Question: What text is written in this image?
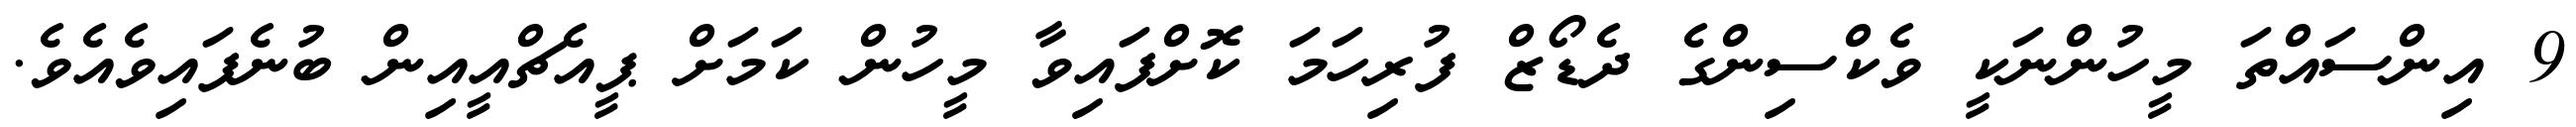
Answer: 9 އިންސައްތަ މީހުންނަކީ ވެކްސިންގެ ދެޑޯޒް ފުރިހަމަ ކޮށްފައިވާ މީހުން ކަމަށް ޕީއެޗްއީއިން ބުނެފައިވެއެވެ.